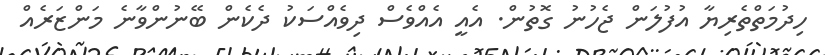
ހިދުމަތްތެރިޔާ އުފުލަން ޖެހުނު ގޮތުން. އެއީ އެއްވެސް ދިވެއްސަކު ދެކެން ބޭނުންވާނެ މަންޒަރެއް